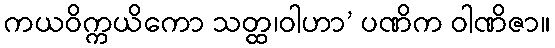
ကယဝိက္ကယိကော သတ္ထ၊ဝါဟာ’ ပဏိက ဝါဏိဇာ။